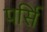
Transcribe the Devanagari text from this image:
पर्सि